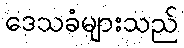
ဒေသခံများသည်